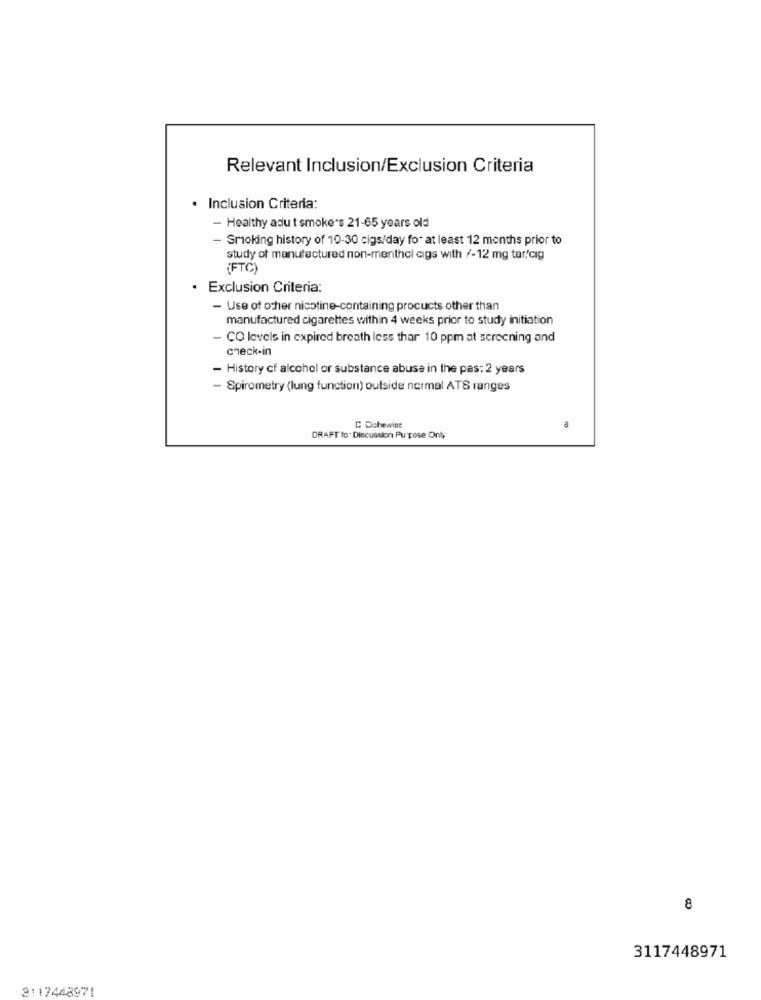
Relevant Inclusion/Exclusion Criteria
. Inclusion Criteria:
- Healthy adu t smoke's 21-65 years old
- Smoking history of 10-30 cigs/day for at least 12 months prior to
study of manufactured non-menthol cigs with /-12 mg tar/cig
(FTC)
Exclusion Criteria:
- Use of other nicotine-containing procucts other than
manufactured cigarettes within 4 weeks prior to study initiation
CO levels in expired breath less thar 10 ppm at screening and
check-in
- History cf alcohol or substance abuse in the pas: 2 years
- Spirometry (lung function) outside normal ATS ranges
C Cichewint
DRAFT to. Discussion Purpose Only
8
3117448971
3117448971